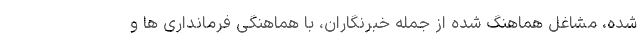
شده، مشاغل هماهنگ شده از جمله خبرنگاران، با هماهنگی فرمانداری ها و